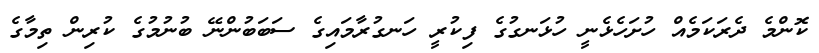
ކޮންމެ ދެރަކަމެއް ހުށަހެޅެނީ ހުޅަނގުގެ ފިކުރީ ހަނގުރާމައިގެ ސަބަބުންނޭ ބުނުމުގެ ކުރިން ތިމާގެ